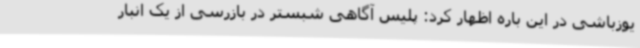
یوزباشی در این باره اظهار کرد: پلیس آگاهی شبستر در بازرسی از یک انبار